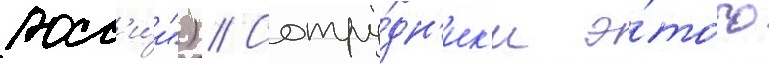
росс'и́и") // Сотру́дн'ик'и э́того